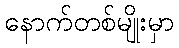
နောက်တစ်မျိုးမှာ